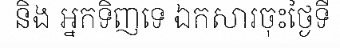
និង អ្នកទិញទេ ឯកសារចុះថ្ងៃទី